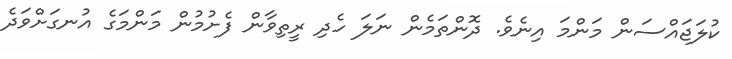
ކުލަޖައްސަން މަންމަ އިނެވެ. ދޮންތަމެން ނަލަ ހެދި ރީތިވާން ފެށުމުން މަންމަގެ އުނގަށްވަދެ